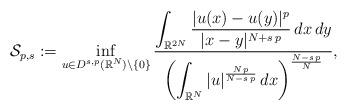
LaTeX: \begin{align*}\mathcal{S}_{p,s}:=\inf_{u\in D^{s,p}(\mathbb{R}^N)\setminus\{0\}} \frac{\displaystyle\int_{\mathbb{R}^{2N}}\frac{|u(x)-u(y)|^p}{|x-y|^{N+s\,p}}\,dx\,dy}{\displaystyle\left(\int_{\mathbb{R}^N} |u|^\frac{N\,p}{N-s\,p}\,dx\right)^\frac{N-s\,p}{N}},\end{align*}